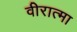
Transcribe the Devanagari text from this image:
वीरात्मा